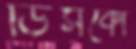
ডিসকো